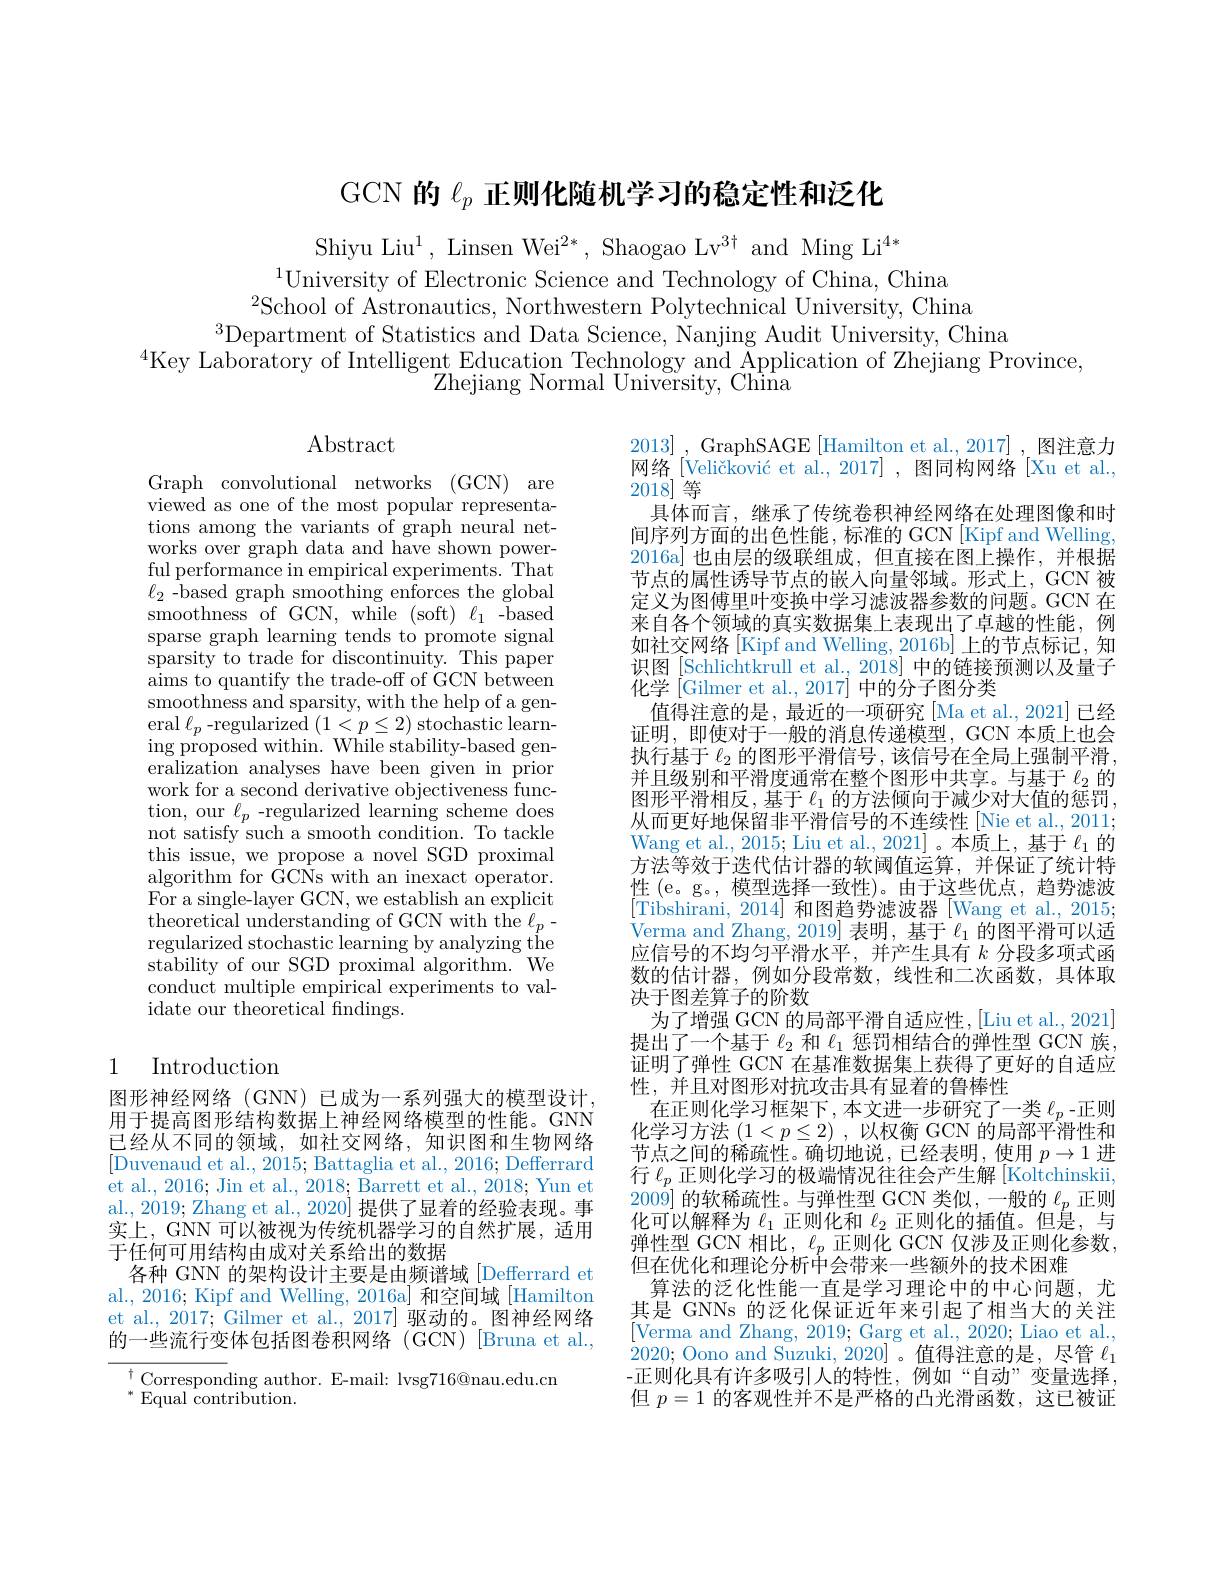
GCN 的$\ell_p$正则化随机学习的稳定性和泛化

Shiyu Liu$^1$, Linsen Wei$^2*$, Shaogao Lv$^3\dagger$ and Ming Li$^{4*}$
$^{1}$University of Electronic Science and Technology of China, China
$^{2}$School of Astronautics, Northwestern Polytechnical University, China
$^{3}$Department of Statistics and Data Science, Nanjing Audit University, China
$^{4}\dot{\text{Key Laboratory of Intelligent Education Technology and Application of Zhejiang Province,}}$
Zhejiang Normal University, China

Abstract

Graph convolutional networks (GCN) are viewed as one of the most popular representations among the variants of graph neural networks over graph data and have shown powerful performance in empirical experiments. That $\ell_{2}$ -based graph smoothing enforces the global ${\mathrm{smoothness~of~GCN,~while~(soft)~\ell_{1}~-based}}$ sparse graph learning tends to promote signal sparsity to trade for discontinuity. This paper aims to quantify the trade-off of GCN between smoothness and sparsity, with the help of a gen- $\operatorname{eral}\ell_{p}$-regularized$(1<p\leq2)\operatorname{stochastic}\operatorname{learn-}$ $\operatorname{ing}^{r}$proposed within. While stability-based generalization analyses have been given in prior work for a second derivative objectiveness function, our $\ell_p$ -regularized learning scheme does not satisfy such a smooth condition. To tackle this issue, we propose a novel SGD proximal $\underline{\text{algorithm'for GCNs with an inexact operator}}.$ For a single-layer GCN, we establish an explicit theoretical understanding of GCN with the $\ell_p-$ regularized stochastic learning by analyzing the stability of our SGD proximal algorithm. We conduct multiple empirical experiments to validate our theoretical findings.

2013] , GraphSAGE [Hamilton et al.,2017]\:,\:图注意力网络[Veličković et al., 2017] , 图同构网络 [Xu et al., 2018]等
具体而言，继承了传统卷积神经网络在处理图像和时间序列方面的出色性能，标准的 GCN[Kipf and Welling, 2016a] 也由层的级联组成，但直接在图上操作，并根据节点的属性诱导节点的嵌入向量邻域。形式上，GCN 被定义为图傅里叶变换中学习滤波器参数的问题。GCN 在来自各个领域的真实数据集上表现出了卓越的性能，例如社交网络 [Kipf and Welling, 2016b] 上的节点标记，知识图[Schlichtkrull et al., 2018] 中的链接预测以及量子化学 [Gilmer et al., 2017] 中的分子图分类
值得注意的是，最近的一项研究[Ma et al., 2021] 已经证明，即使对于一般的消息传递模型，GCN 本质上也会执行基于$\ell_2$的图形平滑信号，该信号在全局上强制平滑并且级别和平滑度通常在整个图形中共享。与基于$\ell_{2}$的图形平滑相反，基于$\ell_1$的方法倾向于减少对大值的惩罚， 从而更好地保留非平滑信号的不连续性[Nie et al., 2011; Wang et al., 2015; Liu et al., 2021]。本质上，基于$\ell_1$的方法等效于迭代估计器的软阈值运算，并保证了统计特性 (e。g。, 模型选择一致性)。由于这些优点，趋势滤波[Tibshirani, 2014] 和图趋势滤波器[Wang et al., 2015; Verma and Zhang, 2019] 表明，基于$\ell_1$的图平滑可以适应信号的不均匀平滑水平，并产生具有$k$分段多项式函数的估计器，例如分段常数，线性和二次函数，具体取决于图差算子的阶数
为了增强 GCN 的局部平滑自适应性，[Liu et al., 2021] 提出了一个基于$\ell_2$和$\ell_1$惩罚相结合的弹性型 GCN 族证明了弹性 GCN 在基准数据集上获得了更好的自适应性，并且对图形对抗攻击具有显着的鲁棒性
在正则化学习框架下，本文进一步研究了一类$\ell_p$-正则化学习方法$(1<p\leq2)$,以权衡 GCN 的局部平滑性和节点之间的稀疏性。确切地说，已经表明，使用$p\to1$进行$\ell_p$ 正则化学习的极端情况往往会产生解[Koltchinskii 2009] 的软稀疏性。与弹性型 GCN 类似，一般的$\ell_p$正则化可以解释为$\ell_1$正则化和$\ell_2$正则化的插值。但是，与弹性型 GCN 相比$,\ell_p$正则化 GCN 仅涉及正则化参数， 但在优化和理论分析中会带来一些额外的技术困难
算法的泛化性能一直是学习理论中的中心问题，尤其是 GNNs 的泛化保证近年来引起了相当大的关注[Verma and Zhang, 2019; Garg et al., 2020; Liao et al., $\dot{2}020;$ Oono and Suzuki, 2020]。值得注意的是，尽管$\ell_1$ -正则化具有许多吸引人的特性，例如“自动”变量选择但$p=1$的客观性并不是严格的凸光滑函数，这已被证

# 1 Introduction

图形神经网络 (GNN) 已成为一系列强大的模型设计用于提高图形结构数据上神经网络模型的性能。GNN 已经从不同的领域，如社交网络，知识图和生物网络[Duvenaud et al., 2015; Battaglia et al., 2016; Defferrard et al. 2016; Jin et al., 2018; Barrett et al., 2018; Yun et al., 2019; Zhang et al., 2020] 提供了显着的经验表现。事实上，GNN 可以被视为传统机器学习的自然扩展，适用于任何可用结构由成对关系给出的数据
各种 GNN 的架构设计主要是由频谱域[Defferrard et al., 2016; Kipf and Welling, 2016a] 和空间域 [Hamilton et al. 2017; Gilmer et al., 2017] 驱动的。图神经网络的一些流行变体包括图卷积网络(GCN)[Bruna et al., $\begin{array}{l}{{^\dagger}\text{Correspon}}\text{ding author. E-mail: lvsg716@nau.edu.cn}\\{^*}\end{array}$
$^{*}$Equal contribution.